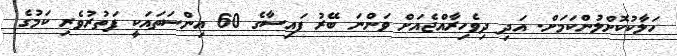
ހަލާކުކޮށްލުންކަމަށް. އަދި ދިވެހިރާއްޖެއަށް ވަންނަ ބޭރު ފައިސާގެ 60 އިންސަތައަކީ ފަތުރުވެރި ކަމުގެ